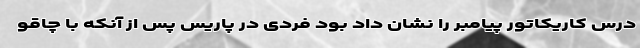
درس کاریکاتور پیامبر را نشان داد بود فردی در پاریس پس از آنکه با چاقو